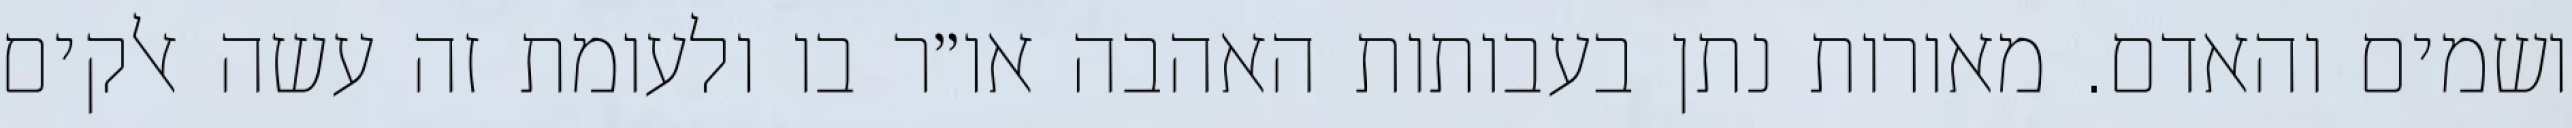
ושמים והאדם. מאורות נתן בעבותות האהבה או״ר בו ולעומת זה עשה אלקים